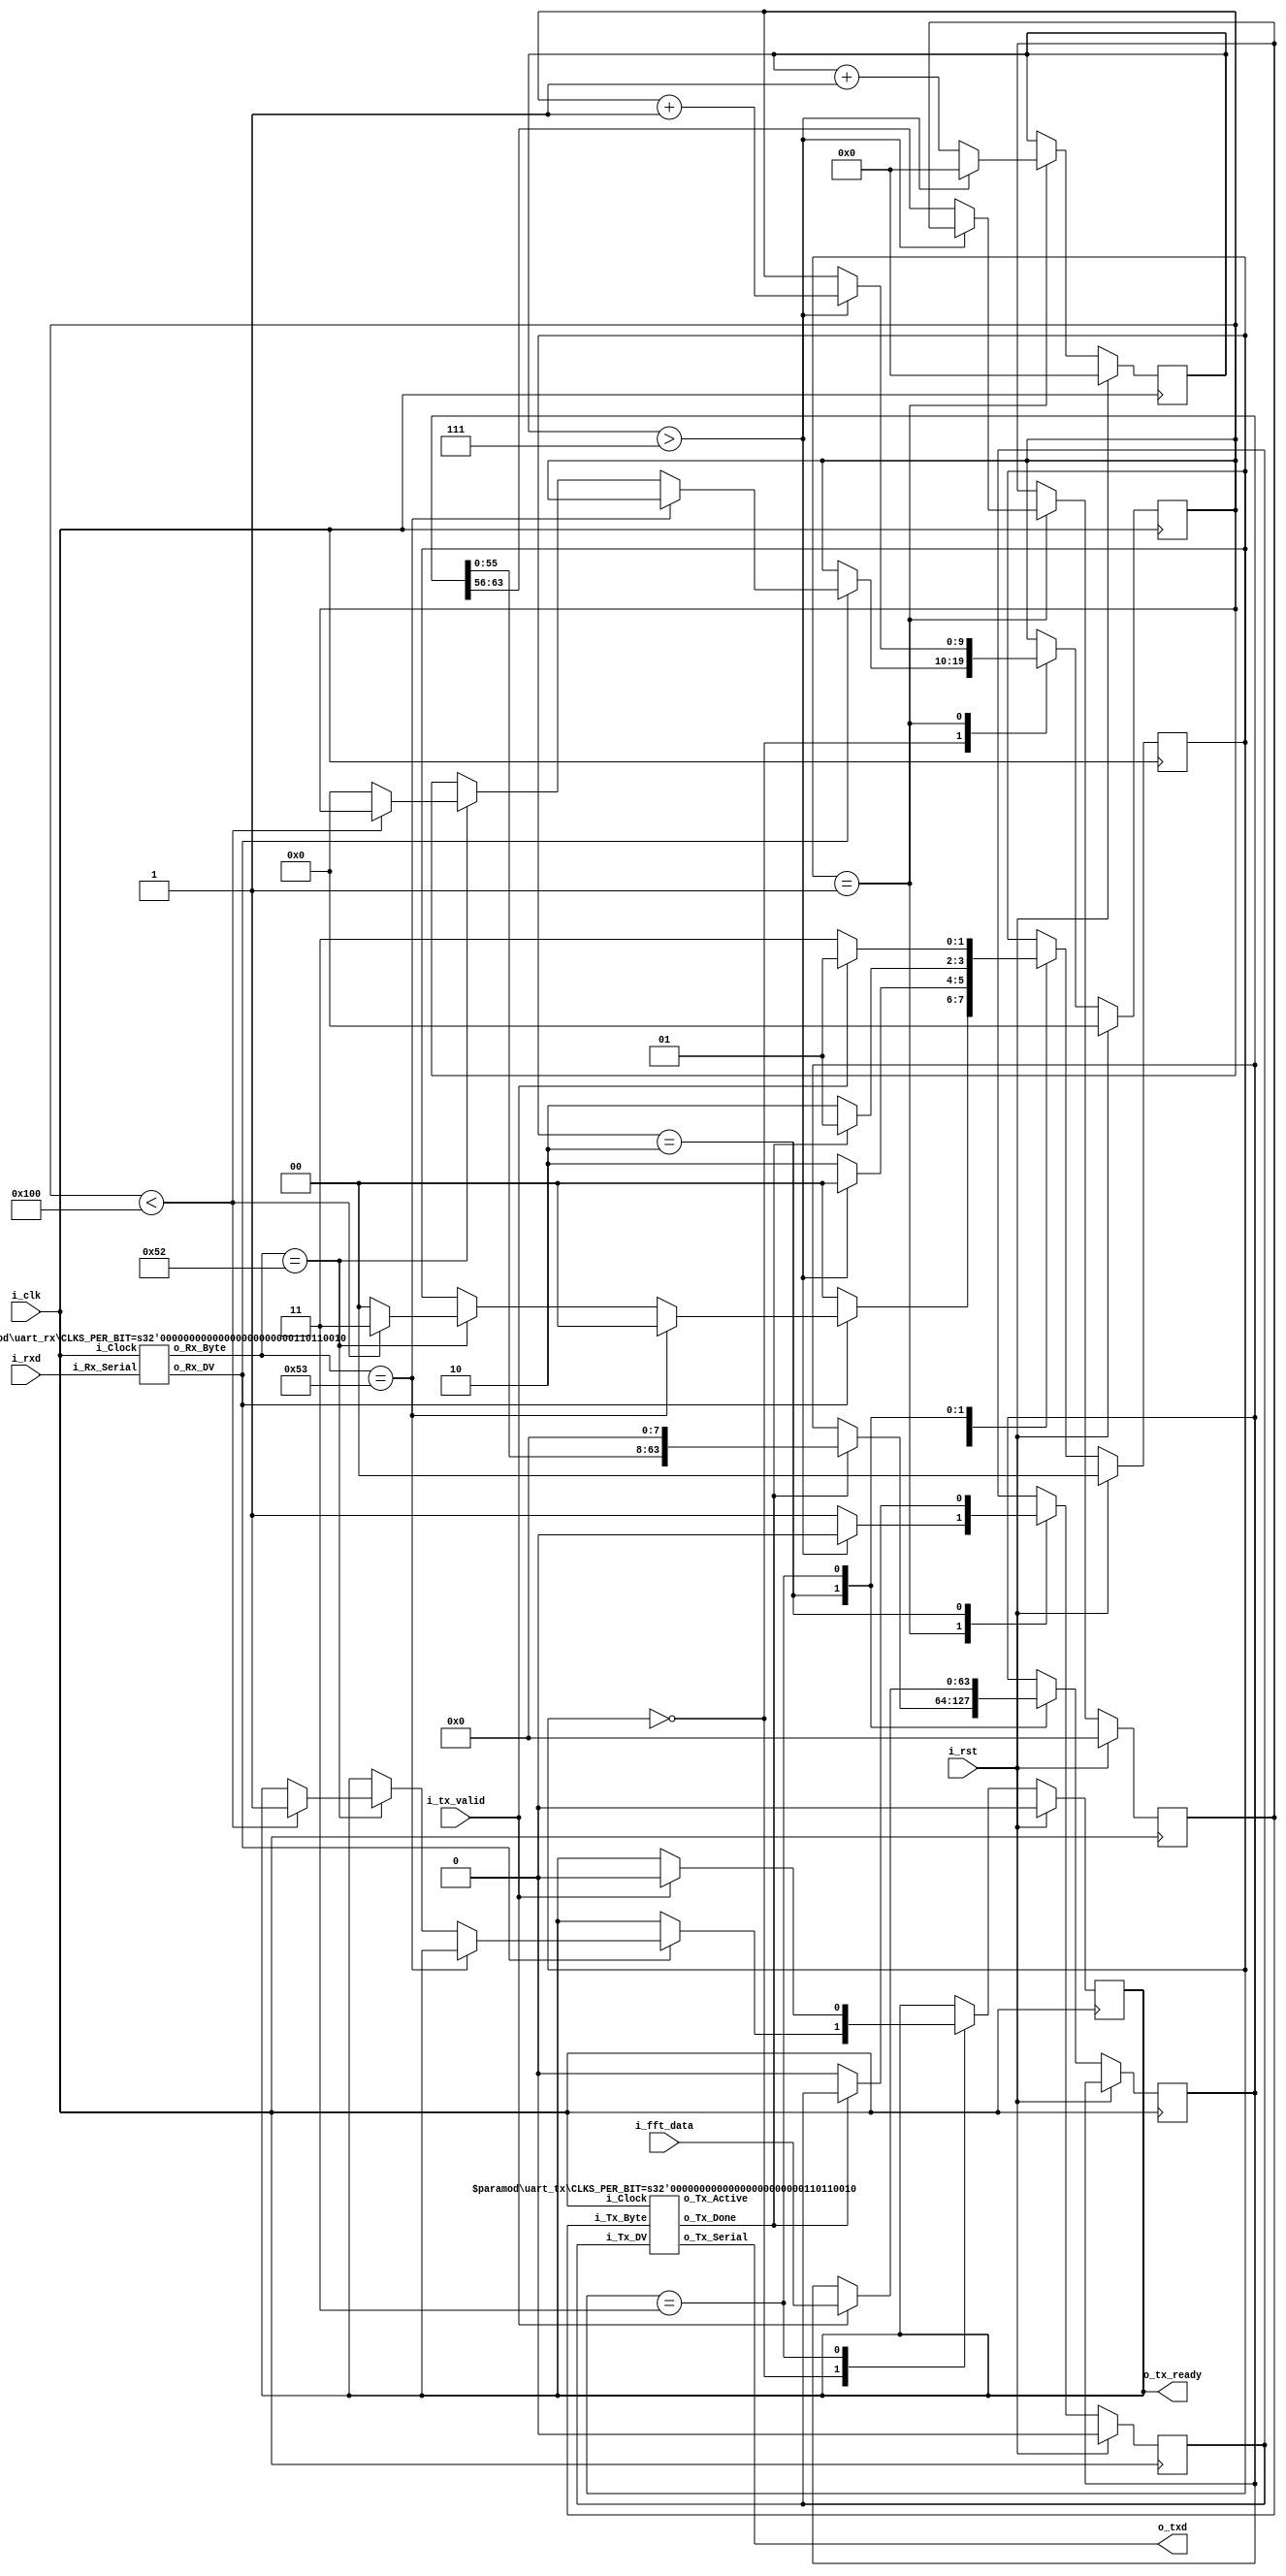
module UART_CONTROLLER #(
    parameter length = 32,
    parameter CLKS_PER_BIT = 434, // 50Mhz/115200
    parameter SIG_RUN = 82,
    parameter SIG_STOP = 83,
    parameter DATA_LENGTH = 256
) (
    // SYSTEM I/O
    input i_clk, // CLOCK_50
    input i_rst, // SW[0]
    input i_rxd,
    output o_txd,
    // FFT Controller
    input [2*length-1:0] i_fft_data,
    input i_tx_valid,
    output reg o_tx_ready // 1 trig
);
// Parameter, Wire, Reg
localparam ST_IDLE = 2'd0;
localparam ST_SEND = 2'd1;
localparam ST_SHIFT = 2'd2;
localparam ST_FFT = 2'd3;
wire w_Rx_DV;
wire [7:0] w_Rx_Byte;
wire w_Tx_Done;
reg r_Tx_DV;
reg [7:0] r_Tx_Byte;
reg [9:0] r_cnt_tx;
reg [2*length-1:0] r_uart_data_tx_shift;
reg [3:0] r_cnt_data;
reg [1:0] r_ps;
// Internal Connection
uart_rx #(.CLKS_PER_BIT(CLKS_PER_BIT)) uart_rx
  (
   .i_Clock(i_clk),
   .i_Rx_Serial(i_rxd),
   .o_Rx_DV(w_Rx_DV),
   .o_Rx_Byte(w_Rx_Byte)
   );
uart_tx #(.CLKS_PER_BIT(CLKS_PER_BIT)) uart_tx
   (
    .i_Clock(i_clk),
    .i_Tx_DV(r_Tx_DV),
    .i_Tx_Byte(r_Tx_Byte),
    .o_Tx_Active(),
    .o_Tx_Serial(o_txd),
    .o_Tx_Done(w_Tx_Done)
    );
// Sequential Logic
always @(posedge i_clk) begin
    if(i_rst) begin
        r_ps <= ST_IDLE;
        r_Tx_DV <= 0;
        r_Tx_Byte <= 0;
        r_cnt_tx <= 0;
        r_cnt_data <= 0;
        o_tx_ready <= 0;
    end
    else begin
        case (r_ps)
           ST_IDLE :
           begin
            if(w_Rx_DV) begin
                if(w_Rx_Byte == SIG_STOP) r_ps <= ST_IDLE;
                else if(w_Rx_Byte == SIG_RUN) begin
                    if(r_cnt_tx < DATA_LENGTH) begin
                        r_ps <= ST_FFT;
                        o_tx_ready <= 1;
                    end
                    else begin
                        r_ps <= ST_IDLE;
                        r_cnt_tx <= 0;
                    end
                end
            end
            else r_ps <= ST_IDLE;
           end
           ST_SEND :
           begin
            if(r_cnt_data > 7) begin
                r_ps <= ST_IDLE;
                r_cnt_data <= 0;
                r_Tx_DV <= 0;
                r_cnt_tx <= r_cnt_tx + 1'b1;
            end
            else begin
                r_ps <= ST_SHIFT;
                r_Tx_DV <= 1;
                r_Tx_Byte <= r_uart_data_tx_shift[63:56];
                r_cnt_data <= r_cnt_data + 1'b1;
            end
           end
           ST_SHIFT :
           begin
            if(w_Tx_Done) begin
                r_ps <= ST_SEND;
                r_uart_data_tx_shift <= (r_uart_data_tx_shift<<8);
            end
            else begin
                r_ps <= ST_SHIFT;
                r_Tx_DV <= 0;
            end
           end
           ST_FFT :
           begin
            if(i_tx_valid) begin
                o_tx_ready <= 0;
                r_ps <= ST_SEND;
                r_uart_data_tx_shift <= i_fft_data;
            end
            else r_ps <= ST_FFT; // at Second Run, first time o_ready_tx doesn't make i_tx_valid high at first Loop
           end
            default: r_ps <= ST_IDLE; 
        endcase
    end
end
endmodule

//////////////////////////////////////////////////////////////////////
// File Downloaded from http://www.nandland.com
//////////////////////////////////////////////////////////////////////
// This file contains the UART Receiver.  This receiver is able to
// receive 8 bits of serial data, one start bit, one stop bit,
// and no parity bit.  When receive is complete o_rx_dv will be
// driven high for one clock cycle.
//
// Set Parameter CLKS_PER_BIT as follows:
// CLKS_PER_BIT = (Frequency of i_Clock)/(Frequency of UART)
// Example: 10 MHz Clock, 115200 baud UART
// (10000000)/(115200) = 87

//////////////////////////////////////////////////////////////////////
// File Downloaded from http://www.nandland.com
//////////////////////////////////////////////////////////////////////
// This file contains the UART Transmitter.  This transmitter is able
// to transmit 8 bits of serial data, one start bit, one stop bit,
// and no parity bit.  When transmit is complete o_Tx_done will be
// driven high for one clock cycle.
//
// Set Parameter CLKS_PER_BIT as follows:
// CLKS_PER_BIT = (Frequency of i_Clock)/(Frequency of UART)
// Example: 10 MHz Clock, 115200 baud UART
// (10000000)/(115200) = 87

module uart_rx
  #(parameter CLKS_PER_BIT = 0)
  (
   input        i_Clock,
   input        i_Rx_Serial,
   output       o_Rx_DV,
   output [7:0] o_Rx_Byte
   );

  localparam s_IDLE         = 3'b000;
  localparam s_RX_START_BIT = 3'b001;
  localparam s_RX_DATA_BITS = 3'b010;
  localparam s_RX_STOP_BIT  = 3'b011;
  localparam s_CLEANUP      = 3'b100;

  reg           r_Rx_Data_R = 1'b1;
  reg           r_Rx_Data   = 1'b1;

  reg [15:0]     r_Clock_Count = 0;
  reg [2:0]     r_Bit_Index   = 0; //8 bits total
  reg [7:0]     r_Rx_Byte     = 0;
  reg           r_Rx_DV       = 0;
  reg [2:0]     r_SM_Main     = 0;

  // Purpose: Double-register the incoming data.
  // This allows it to be used in the UART RX Clock Domain.
  // (It removes problems caused by metastability)
  always @(posedge i_Clock)
    begin
      r_Rx_Data_R <= i_Rx_Serial;
      r_Rx_Data   <= r_Rx_Data_R;
    end


  // Purpose: Control RX state machine
  always @(posedge i_Clock)
    begin

      case (r_SM_Main)
        s_IDLE :
          begin
            r_Rx_DV       <= 1'b0;
            r_Clock_Count <= 0;
            r_Bit_Index   <= 0;

            if (r_Rx_Data == 1'b0)          // Start bit detected
              r_SM_Main <= s_RX_START_BIT;
            else
              r_SM_Main <= s_IDLE;
          end

        // Check middle of start bit to make sure it's still low
        s_RX_START_BIT :
          begin
            if (r_Clock_Count == (CLKS_PER_BIT-1)/2)
              begin
                if (r_Rx_Data == 1'b0)
                  begin
                    r_Clock_Count <= 0;  // reset counter, found the middle
                    r_SM_Main     <= s_RX_DATA_BITS;
                  end
                else
                  r_SM_Main <= s_IDLE;
              end
            else
              begin
                r_Clock_Count <= r_Clock_Count + 1'b1;
                r_SM_Main     <= s_RX_START_BIT;
              end
          end // case: s_RX_START_BIT


        // Wait CLKS_PER_BIT-1 clock cycles to sample serial data
        s_RX_DATA_BITS :
          begin
            if (r_Clock_Count < CLKS_PER_BIT-1)
              begin
                r_Clock_Count <= r_Clock_Count + 1'b1;
                r_SM_Main     <= s_RX_DATA_BITS;
              end
            else
              begin
                r_Clock_Count          <= 0;
                r_Rx_Byte[r_Bit_Index] <= r_Rx_Data;

                // Check if we have received all bits
                if (r_Bit_Index < 7)
                  begin
                    r_Bit_Index <= r_Bit_Index + 1'b1;
                    r_SM_Main   <= s_RX_DATA_BITS;
                  end
                else
                  begin
                    r_Bit_Index <= 0;
                    r_SM_Main   <= s_RX_STOP_BIT;
                  end
              end
          end // case: s_RX_DATA_BITS


        // Receive Stop bit.  Stop bit = 1
        s_RX_STOP_BIT :
          begin
            // Wait CLKS_PER_BIT-1 clock cycles for Stop bit to finish
            if (r_Clock_Count < CLKS_PER_BIT-1)
              begin
                r_Clock_Count <= r_Clock_Count + 1'b1;
                r_SM_Main     <= s_RX_STOP_BIT;
              end
            else
              begin
                r_Rx_DV       <= 1'b1;
                r_Clock_Count <= 0;
                r_SM_Main     <= s_CLEANUP;
              end
          end // case: s_RX_STOP_BIT


        // Stay here 1 clock
        s_CLEANUP :
          begin
            r_SM_Main <= s_IDLE;
            r_Rx_DV   <= 1'b0;
          end


        default :
          r_SM_Main <= s_IDLE;

      endcase
    end

  assign o_Rx_DV   = r_Rx_DV;
  assign o_Rx_Byte = r_Rx_Byte;

endmodule // uart_rx

module uart_tx
  #(parameter CLKS_PER_BIT = 0)
  (
   input       i_Clock,
   input       i_Tx_DV,
   input [7:0] i_Tx_Byte,
   output      o_Tx_Active,
   output reg  o_Tx_Serial,
   output      o_Tx_Done
   );

  localparam s_IDLE         = 3'b000;
  localparam s_TX_START_BIT = 3'b001;
  localparam s_TX_DATA_BITS = 3'b010;
  localparam s_TX_STOP_BIT  = 3'b011;
  localparam s_CLEANUP      = 3'b100;

  reg [2:0]    r_SM_Main     = 0;
  reg [15:0]    r_Clock_Count = 0;
  reg [2:0]    r_Bit_Index   = 0;
  reg [7:0]    r_Tx_Data     = 0;
  reg          r_Tx_Done     = 0;
  reg          r_Tx_Active   = 0;

  always @(posedge i_Clock)
    begin

      case (r_SM_Main)
        s_IDLE :
          begin
            o_Tx_Serial   <= 1'b1;         // Drive Line High for Idle
            r_Tx_Done     <= 1'b0;
            r_Clock_Count <= 0;
            r_Bit_Index   <= 0;

            if (i_Tx_DV == 1'b1)
              begin
                r_Tx_Active <= 1'b1;
                r_Tx_Data   <= i_Tx_Byte;
                r_SM_Main   <= s_TX_START_BIT;
              end
            else
              r_SM_Main <= s_IDLE;
          end // case: s_IDLE


        // Send out Start Bit. Start bit = 0
        s_TX_START_BIT :
          begin
            o_Tx_Serial <= 1'b0;

            // Wait CLKS_PER_BIT-1 clock cycles for start bit to finish
            if (r_Clock_Count < CLKS_PER_BIT-1'b1)
              begin
                r_Clock_Count <= r_Clock_Count + 1'b1;
                r_SM_Main     <= s_TX_START_BIT;
              end
            else
              begin
                r_Clock_Count <= 0;
                r_SM_Main     <= s_TX_DATA_BITS;
              end
          end // case: s_TX_START_BIT


        // Wait CLKS_PER_BIT-1 clock cycles for data bits to finish
        s_TX_DATA_BITS :
          begin
            o_Tx_Serial <= r_Tx_Data[r_Bit_Index];

            if (r_Clock_Count < CLKS_PER_BIT-1'b1)
              begin
                r_Clock_Count <= r_Clock_Count + 1'b1;
                r_SM_Main     <= s_TX_DATA_BITS;
              end
            else
              begin
                r_Clock_Count <= 0;

                // Check if we have sent out all bits
                if (r_Bit_Index < 7)
                  begin
                    r_Bit_Index <= r_Bit_Index + 1'b1;
                    r_SM_Main   <= s_TX_DATA_BITS;
                  end
                else
                  begin
                    r_Bit_Index <= 0;
                    r_SM_Main   <= s_TX_STOP_BIT;
                  end
              end
          end // case: s_TX_DATA_BITS


        // Send out Stop bit.  Stop bit = 1
        s_TX_STOP_BIT :
          begin
            o_Tx_Serial <= 1'b1;

            // Wait CLKS_PER_BIT-1 clock cycles for Stop bit to finish
            if (r_Clock_Count < CLKS_PER_BIT-1)
              begin
                r_Clock_Count <= r_Clock_Count + 1'b1;
                r_SM_Main     <= s_TX_STOP_BIT;
              end
            else
              begin
                r_Tx_Done     <= 1'b1;
                r_Clock_Count <= 0;
                r_SM_Main     <= s_CLEANUP;
                r_Tx_Active   <= 1'b0;
              end
          end // case: s_Tx_STOP_BIT


        // Stay here 1 clock
        s_CLEANUP :
          begin
            r_Tx_Done <= 1'b0;
            r_SM_Main <= s_IDLE;
          end


        default :
          r_SM_Main <= s_IDLE;

      endcase
    end

  assign o_Tx_Active = r_Tx_Active;
  assign o_Tx_Done   = r_Tx_Done;

endmodule